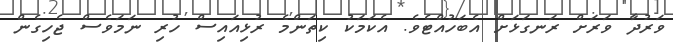
ވަރުދާ ވަރަށް ރަނގަޅަށް އެބަހުއްޓެވެ. އެކަމަކު ކިތަންމެ ރުޅިއައިސް ހުރި ނަމަވެސް ޖެހިގެން